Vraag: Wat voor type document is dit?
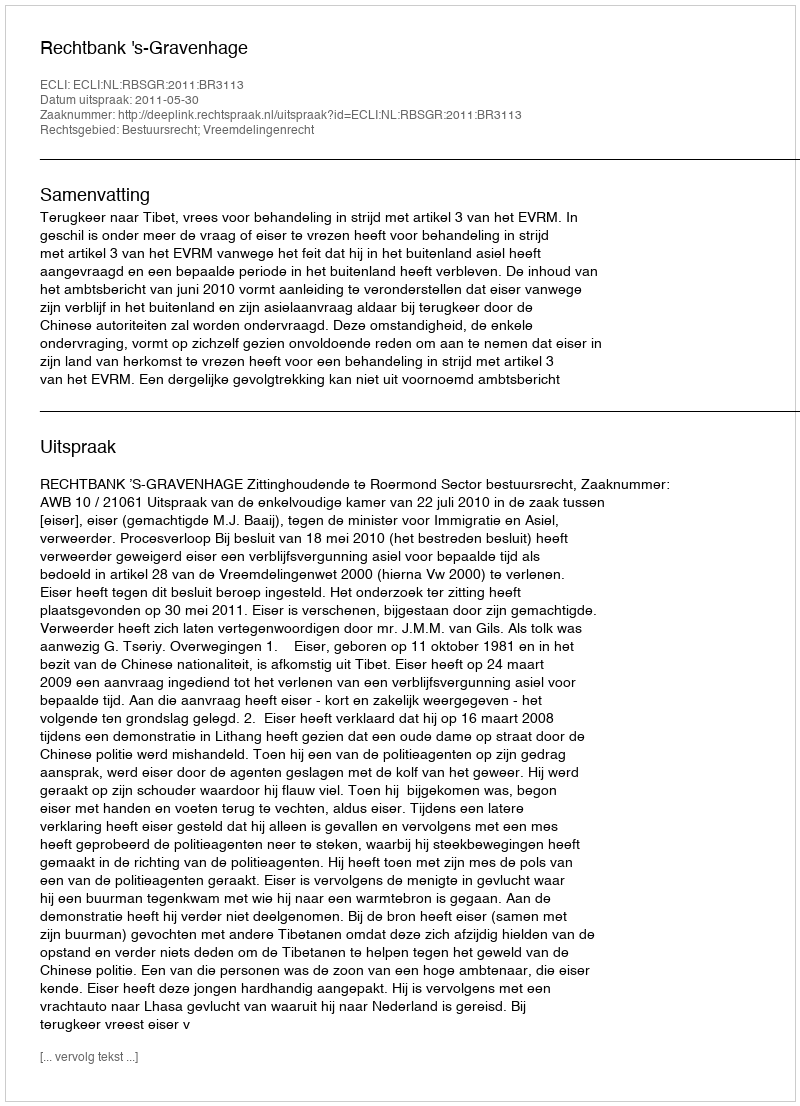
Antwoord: Uitspraak